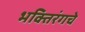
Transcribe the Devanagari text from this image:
भक्तिरंगचे